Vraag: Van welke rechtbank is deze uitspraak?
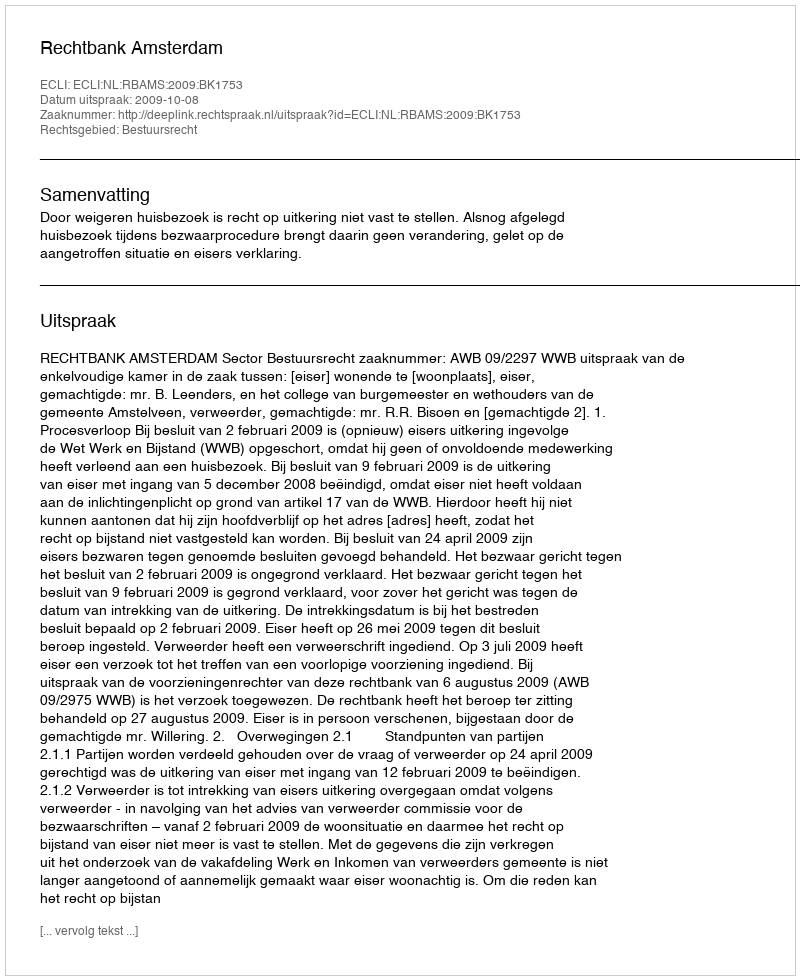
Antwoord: Rechtbank Amsterdam